Vaccination Hyderabad 1872-1889 - 1872-1889
Year: 1872
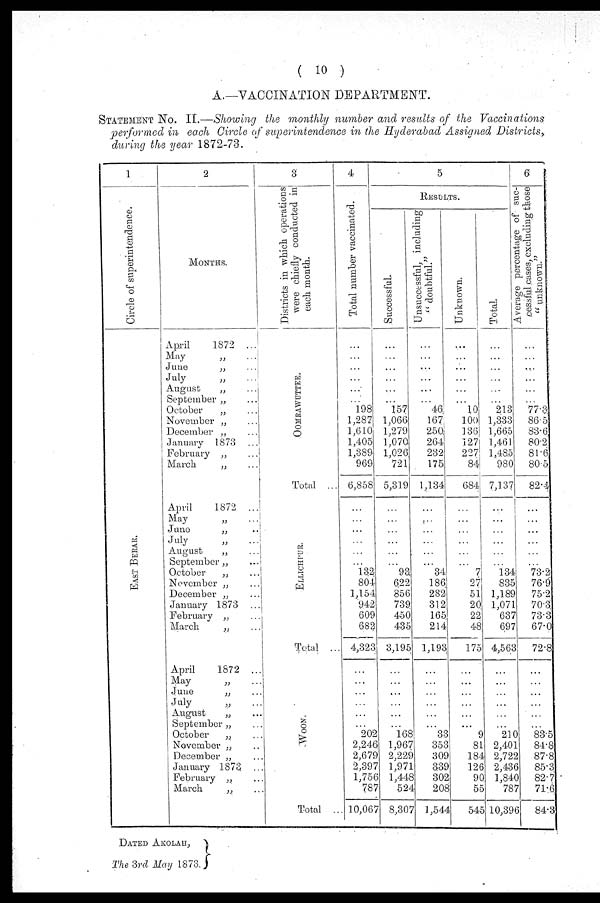
( 10 )
A.—VACCINATION DEPARTMENT.
STATEMENT No. II.—Showing the monthly number and results of the Vaccinations
performed in each Circle of superintendence in the Hyderabad Assigned Districts,
during the year 1872-73.
1
Circle of superintendence.
EAST BERAR.
2
MONTHS.
April
1872 ...
May „ ...
June
„ ...
July
„ ...
August
„ ...
September „ ...
October
„ ...
November „ ...
December „ ...
January 1873 ...
February „ ...
March
„ ...
April
1872 ...
May „ ...
June
„ ...
July
„ ...
August
„ ...
September „ ...
October
„ ...
November „ ...
December „ ...
January 1873 ...
February „ ...
March
„ ...
April
1872 ...
May
„ ...
June
„ ...
July
„ ...
August
„ ...
September „ ...
October „ ...
November „ ...
December „ ...
January 1873 ...
February „ ...
March
„ ...
3
Districts in which operations
were chiefly conducted in
each month.
OOMRAWUTTEE.
Total ...
ELLICHP UR.
Total ...
WOON.
Total ..
4
Total number vaccinated.
...
...
...
...
...
...
l98
1,287
1,610
1,405
1,389
969
6,858
...
...
...
...
...
...
132
804
1,154
942
609
682
4,323
...
...
...
...
...
...
202
2,246
2,679
2,397
1,756
787
10,067
5
RESULTS.
Successful.
...
...
...
...
...
...
157
1,066
1,279
1,070
1,026
721
5,319
...
...
...
...
...
...
93
622
856
739
450
435
3,195
...
...
...
...
...
...
168
1,967
2,229
1,971
1,448
524
8,307
Unsuccessful, including
" doubtful."
...
...
...
...
...
...
46
167
250
264
232
175
1,134
...
...
...
...
...
...
34
186
282
312
165
214
1,193
...
...
...
...
...
...
33
353
309
339
302
208
1,544
Unknown.
...
...
...
...
...
...
10
100
136
327
227
84
684
...
...
...
...
...
...
7
27
51
20
22
48
175
...
...
...
...
...
...
9
81
184
126
90
55
545
Total.
...
...
...
...
...
...
213
1,333
1,665
1,461
1,485
980
7,137
...
...
...
...
...
...
l34
835
1,189
1,071
637
697
4,563
...
...
...
...
...
...
210
2,401
2,722
2,436
1,840
787
10,396
6
Average percentage of suc-
cessful cases, excluding those
" unknown."
...
...
...
...
...
...
77.3
86.5
83.6
80.2
81.6
80.5
82.4
...
...
...
...
...
...
73.2
76.9
75.2
70.3
73.3
67.0
72.8
...
...
...
...
...
...
83.5
84.8
87.8
85.3
82.7
71.6
84.3
DATED AKOLAH,
The 3rd May 1873.